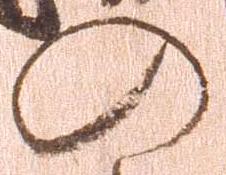
の